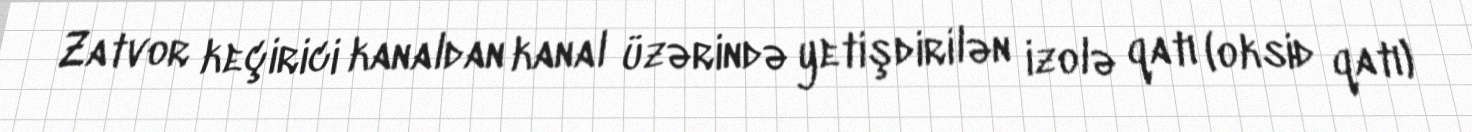
Zatvor keçirici kanaldan kanal üzərində yetişdirilən izolə qatı (oksid qatı)